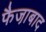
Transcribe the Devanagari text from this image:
फैजा़बाद